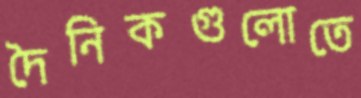
দৈনিকগুলোতে